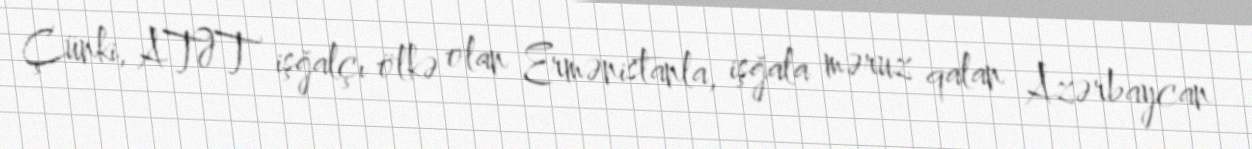
Çünki, ATƏT işğalçı ölkə olan Ermənistanla, işğala məruz qalan Azərbaycan